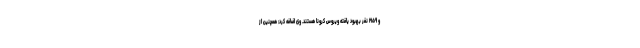
و ۲۱۵۹ نفر بهبود یافته ویروس کرونا هستند. وی اضافه کرد: همچنین از